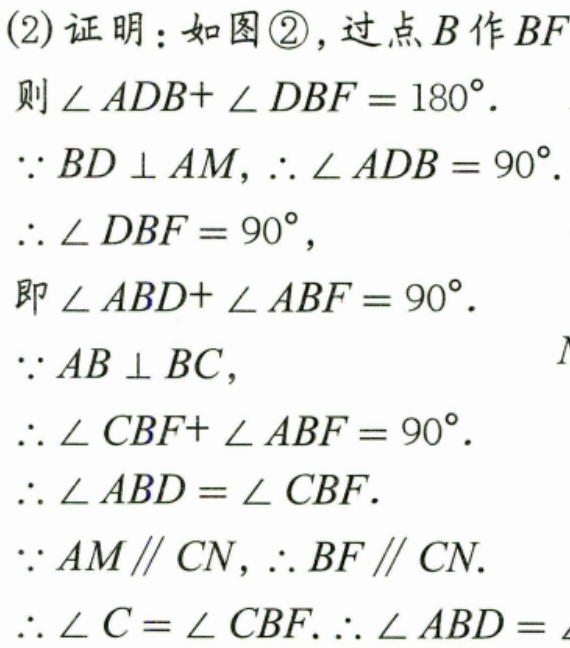
(2) 证明：如图\textcircled{2}，过点\(B\)作\(BF\)
则\(\angle ADB+\angle DBF = 180^{\circ}\).
\(\because BD\perp AM\)，\(\therefore\angle ADB = 90^{\circ}\).
\(\therefore\angle DBF = 90^{\circ}\)，
即\(\angle ABD+\angle ABF = 90^{\circ}\).
\(\because AB\perp BC\)，
\(\therefore\angle CBF+\angle ABF = 90^{\circ}\).
\(\therefore\angle ABD=\angle CBF\).
\(\because AM\parallel CN\)，\(\therefore BF\parallel CN\).
\(\therefore\angle C=\angle CBF\). \(\therefore\angle ABD=\)